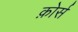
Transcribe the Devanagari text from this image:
क़ोर्स